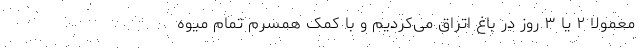
معمولا ۲ یا ۳ روز در باغ اتراق می‌کردیم و با کمک همسرم تمام میوه